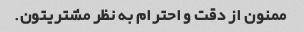
ممنون از دقت و احترام به نظر مشتریتون.